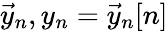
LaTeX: {\vec{y}}_{n},y_{n}={\vec{y}}_{n}[n]